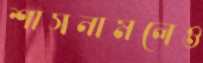
শাসনামলেও